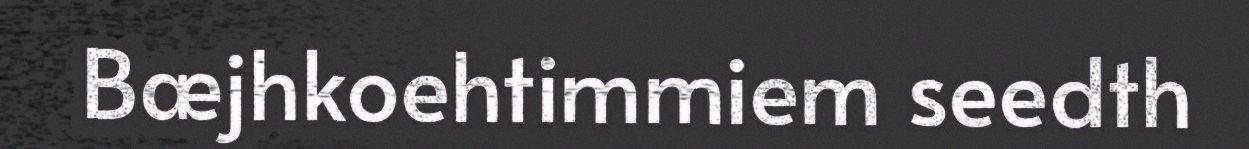
Bæjhkoehtimmiem seedth